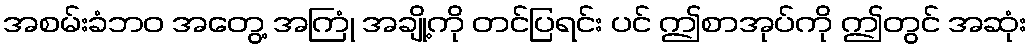
အစမ်းခံဘဝ အတွေ့ အကြုံ အချို့ကို တင်ပြရင်း ပင် ဤစာအုပ်ကို ဤတွင် အဆုံး